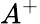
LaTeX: A^{+}